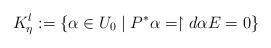
LaTeX: \begin{align*}K_\eta^l:=\{\alpha\in U_0\mid P^*\alpha=\restriction{d\alpha}{E}=0\}\end{align*}